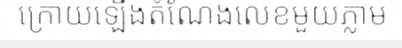
ក្រោយឡើងតំណែងលេខមួយភ្លាម